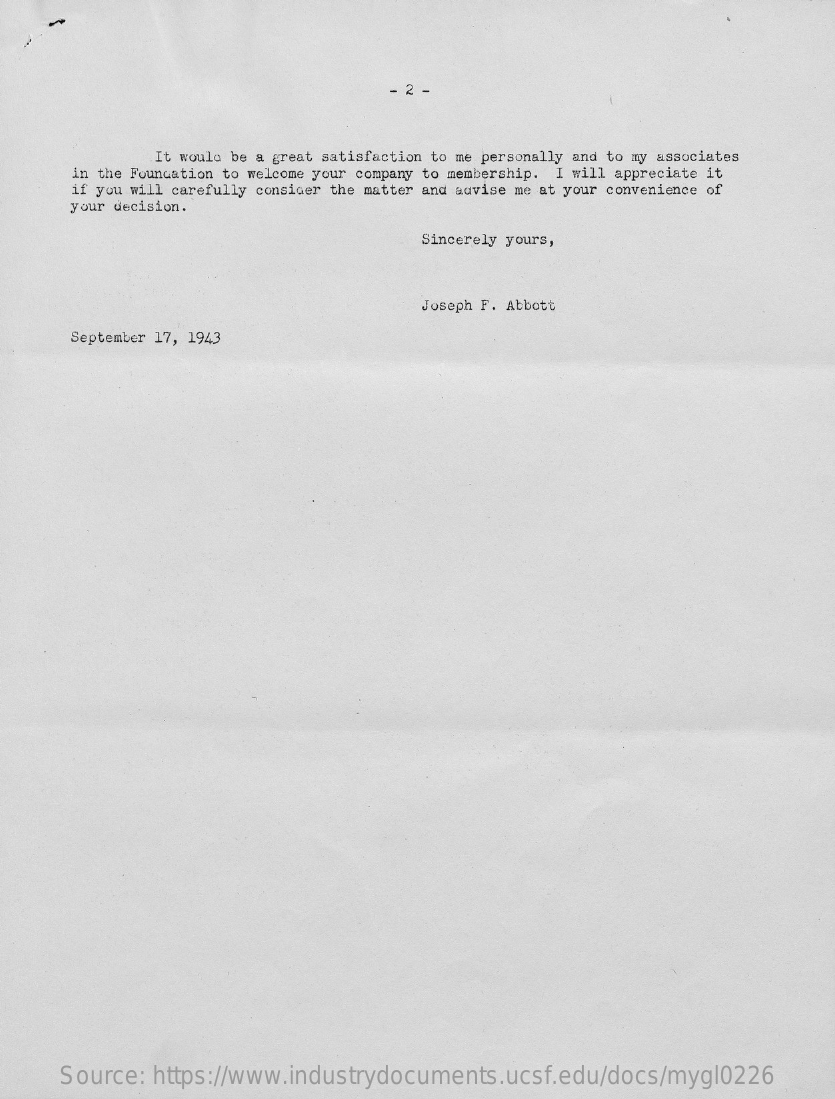
2
     It would be a great satisfaction to me personally and to my associates
     in the Foundation to welcome your company to membership. I will appreciate it
     if you will carefully consider the matter and advise me at your convenience of
     your decision.
     Sincerely yours,
     Joseph F. Abbott
     September 17, 1943
     Source:  https://www.industrydocuments.ucsf.edu/docs/mygl0226